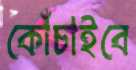
কোঁচাইবে